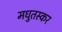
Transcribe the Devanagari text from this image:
मधुतस्कर